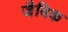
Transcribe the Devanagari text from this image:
जैविक